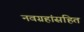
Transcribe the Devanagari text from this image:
नवग्रहांसहित